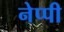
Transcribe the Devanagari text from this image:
नेप्पी